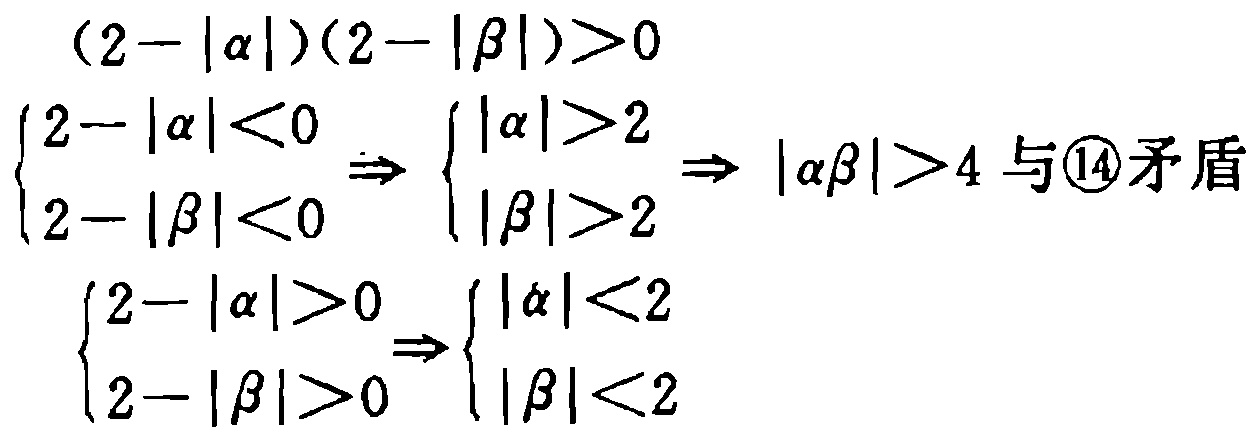
\[
\begin{align*}
&(2 - |\alpha|)(2 - |\beta|)>0\\
&\begin{cases}
2 - |\alpha|<0 \\
2 - |\beta|<0
\end{cases}
\Rightarrow
\begin{cases}
|\alpha|>2 \\
|\beta|>2
\end{cases}
\Rightarrow |\alpha\beta|>4 \text{ 与\textcircled{14}矛盾}\\
&\begin{cases}
2 - |\alpha|>0 \\
2 - |\beta|>0
\end{cases}
\Rightarrow
\begin{cases}
|\alpha|<2 \\
|\beta|<2
\end{cases}
\end{align*}
\]